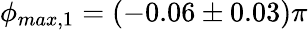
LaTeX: \phi_{max,1}=(-0.06\pm 0.03)\pi